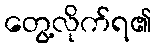
တွေ့လိုက်ရ၏